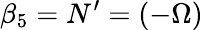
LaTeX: \beta_{5}=N^{\prime}=(-\Omega)